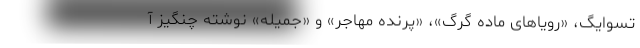
تسوایگ، «رویاهای ماده گرگ»، «پرنده مهاجر» و «جمیله» نوشته چنگیز آ